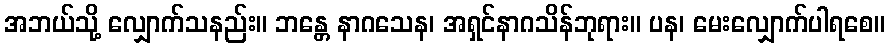
အဘယ်သို့ လျှောက်သနည်း။ ဘန္တေ နာဂသေန၊ အရှင်နာဂသိန်ဘုရား။ ပန၊ မေးလျှောက်ပါရစေ။